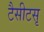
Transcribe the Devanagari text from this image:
टैसीटसृ